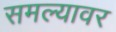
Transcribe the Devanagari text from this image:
समल्यावर